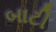
બાટી